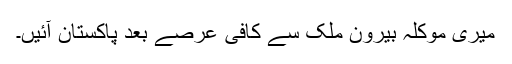
میری موکلہ بیرون ملک سے کافی عرصے بعد پاکستان آئیں۔